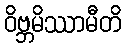
ဝိဗ္ဘမိဿာမီတိ